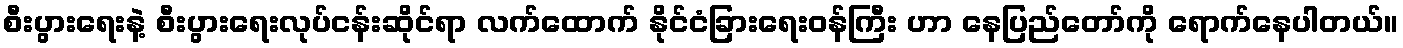
စီးပွားရေးနဲ့ စီးပွားရေးလုပ်ငန်းဆိုင်ရာ လက်ထောက် နိုင်ငံခြားရေးဝန်ကြီး ဟာ နေပြည်တော်ကို ရောက်နေပါတယ်။